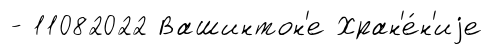
- 11082022 Вашинтон'е Хран'е́н'иjе